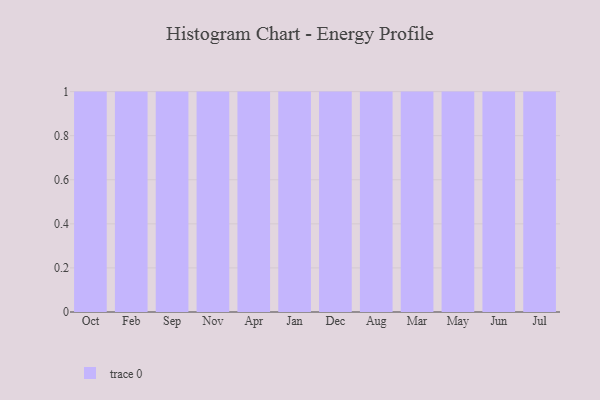
{"axis": {"x": "Month", "y": "Backlog"}, "legend": [""], "data": [{"x": "Oct", "y": 46, "type": ""}, {"x": "Feb", "y": 93, "type": ""}, {"x": "Sep", "y": 35, "type": ""}, {"x": "Nov", "y": 100, "type": ""}, {"x": "Apr", "y": 1, "type": ""}, {"x": "Jan", "y": 2, "type": ""}, {"x": "Dec", "y": 76, "type": ""}, {"x": "Aug", "y": 92, "type": ""}, {"x": "Mar", "y": 17, "type": ""}, {"x": "May", "y": 72, "type": ""}, {"x": "Jun", "y": 71, "type": ""}, {"x": "Jul", "y": 59, "type": ""}]}